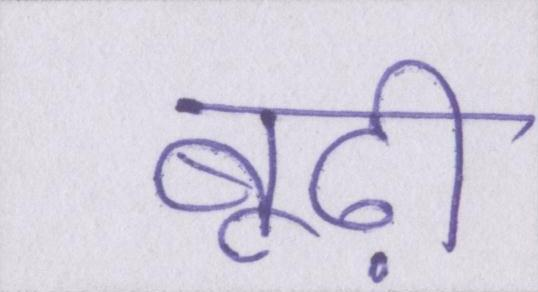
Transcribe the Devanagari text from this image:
बूढ़ी